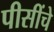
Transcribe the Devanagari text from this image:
पीसींचे